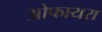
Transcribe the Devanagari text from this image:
ओफायरा